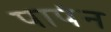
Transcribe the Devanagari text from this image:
पापंन